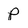
Character: p